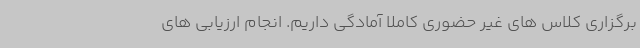
برگزاری کلاس های غیر حضوری کاملاً آمادگی داریم. انجام ارزیابی های